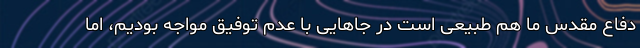
دفاع مقدس ما هم طبیعی است در جاهایی با عدم توفیق مواجه بودیم، اما